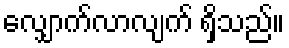
လျှောက်လာလျက် ရှိသည်။